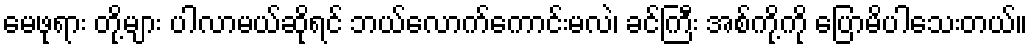
မေဖုရား တို့များ ပါလာမယ်ဆိုရင် ဘယ်လောက်ကောင်းမလဲ၊ ခင်ကြီး အစ်ကို့ကို ပြောမိပါသေးတယ်။